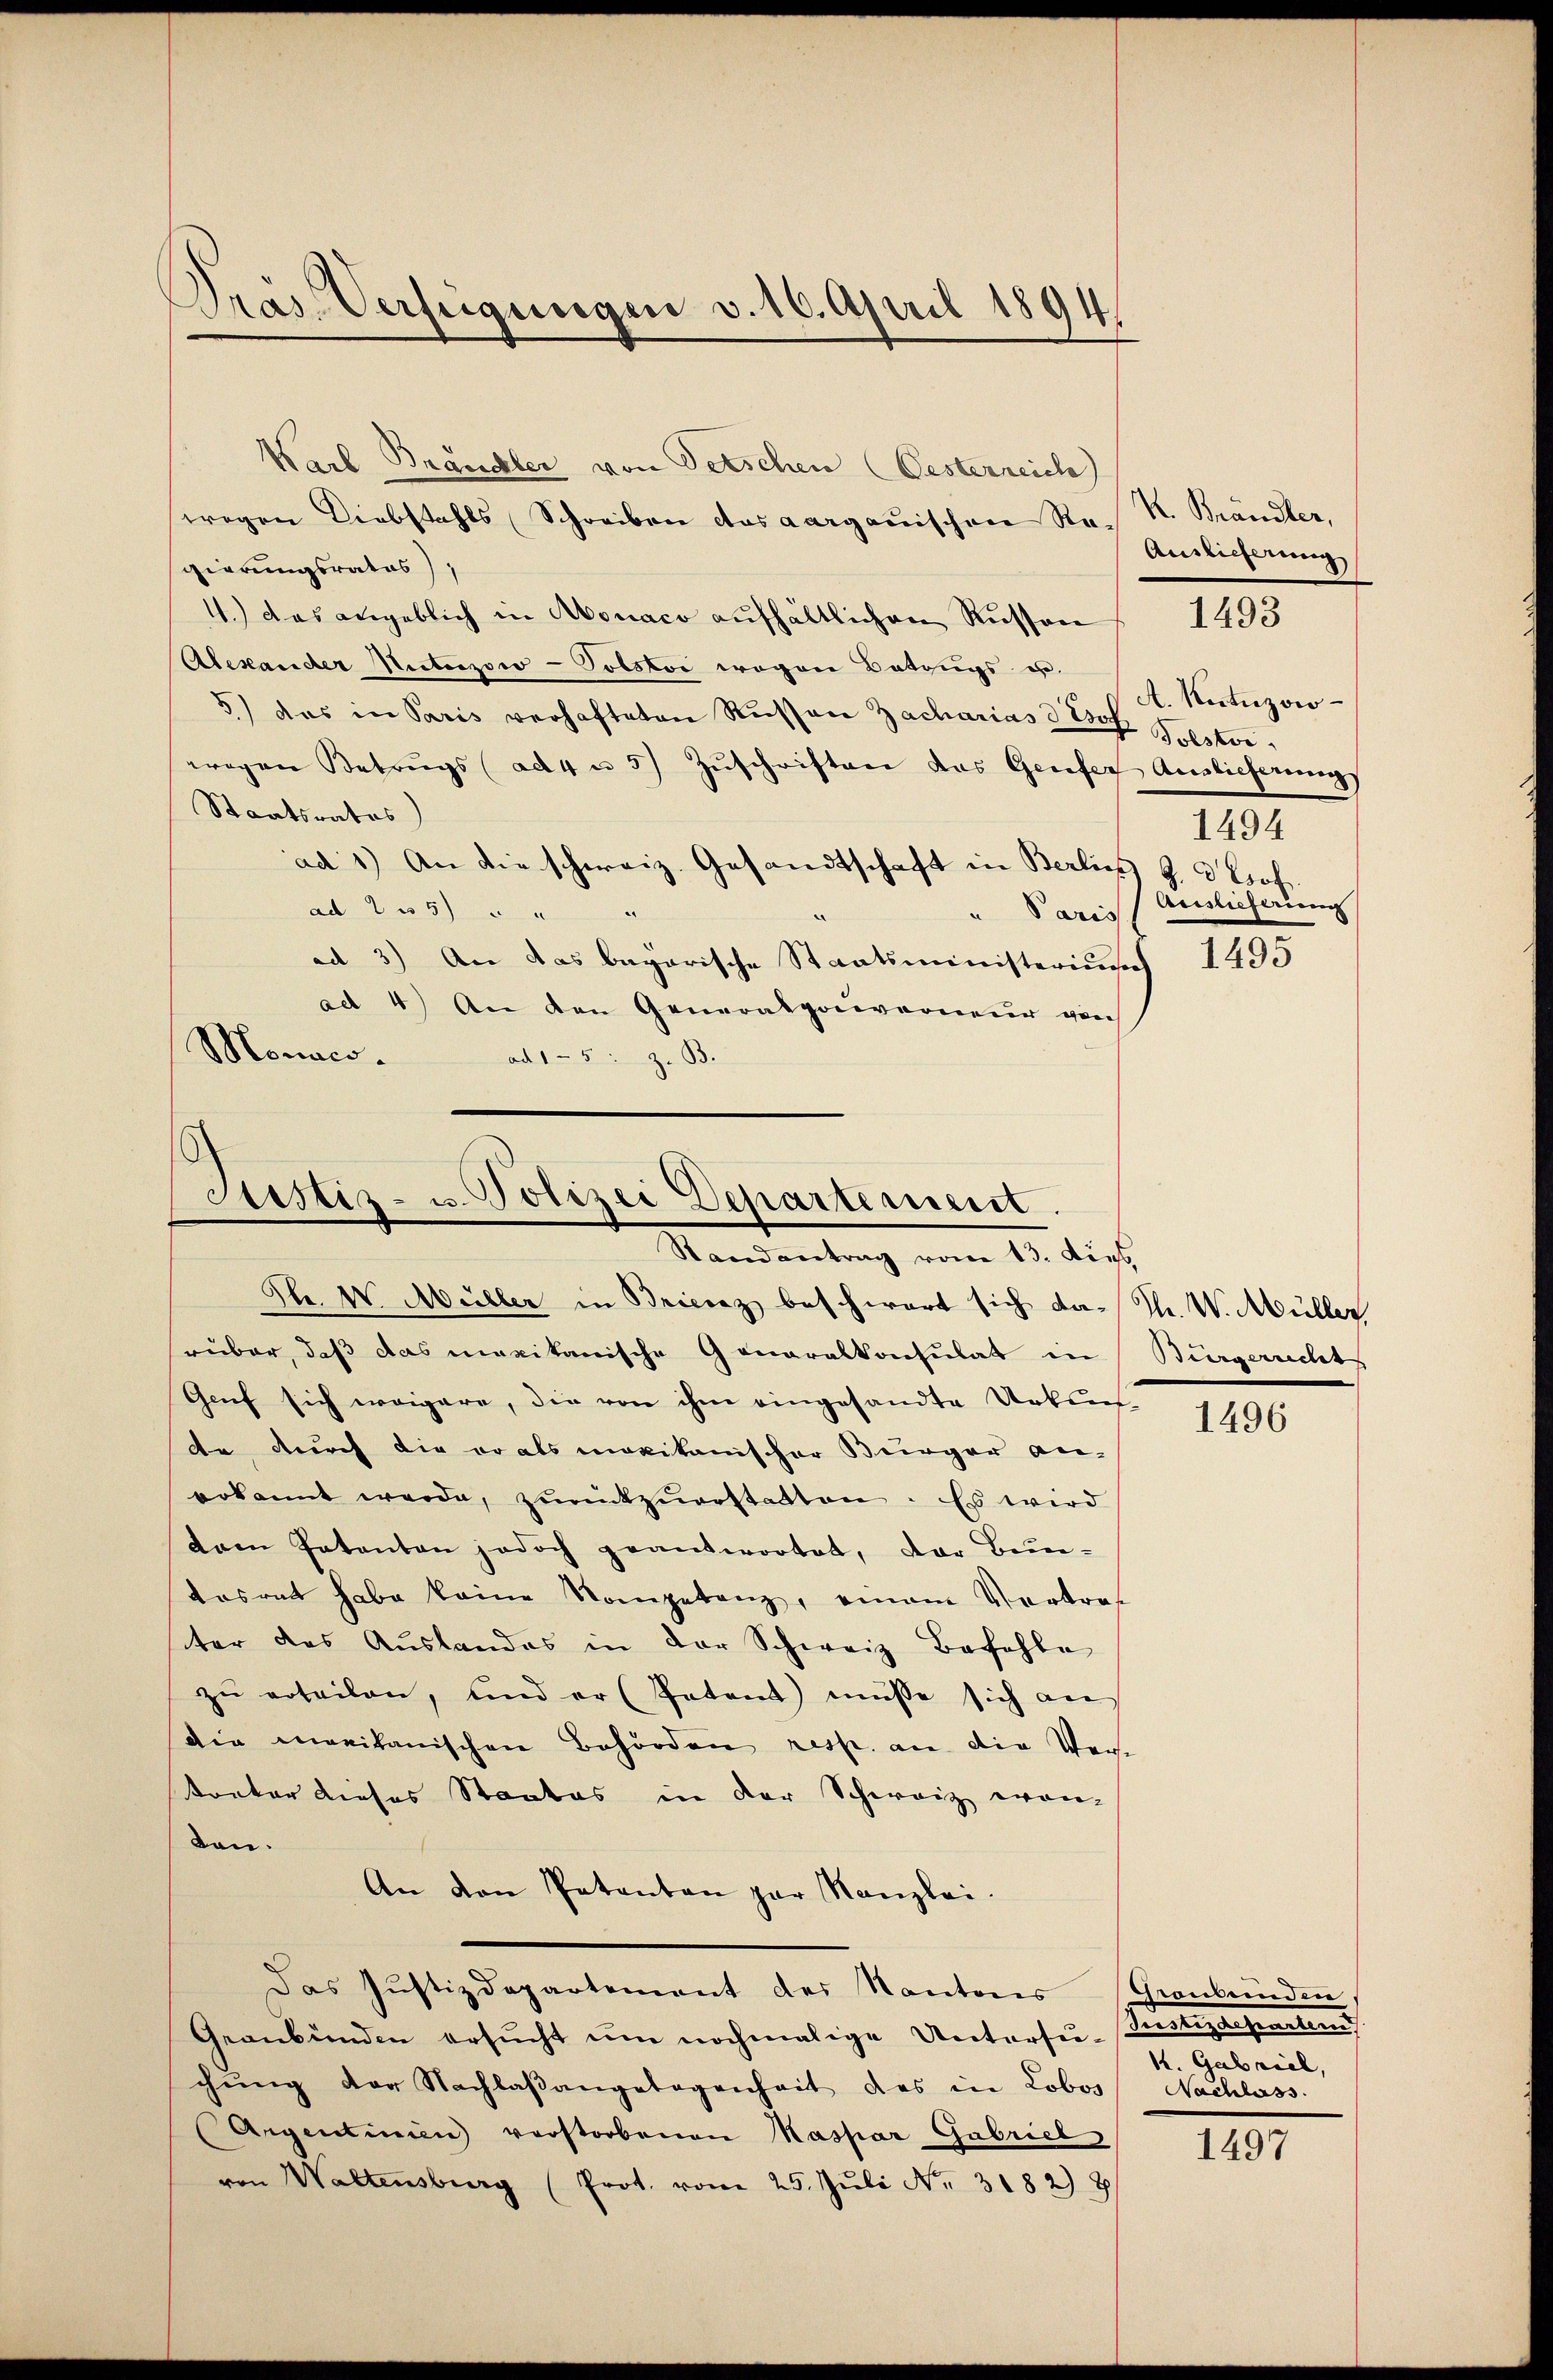
Präs. Verfügungen v. 16. April 1894.

Karl Brandler von Petschen (Gesterreich
wegen Diebstahls Schreiben des aargauischen Re- R. Brändler,
gierungsrates),
4.) Das angeblich in Monaco aufhältlichen Russen
Alexander Nieterzowo-Polstor wegen Betrugs u.
5) das in Paris verhafteten Rŭsen Zacharias d Esef Polstorerogen Betrugs (ad 4 u 5) Zŭschriften das Gerefer Auslicherungs
Staatsrates)
ad 1.) An die schweiz. Gesandtschaft in Berlins G. 3 Prof.
ad 25 " "
" Paris
ad 3.) An das bayarische Staatsministeriums
ad 4) An den Generalpoeverneur von
Morico.
ad 15: z. B.

Justiz- u. Polizei Departement.
Randantrag vom 13. Dies

S. W. Müller in Briccaz beschwert sich das Th. W. Müller,
ruber, daß das maxikanische Generalkonsulat in
Genf sich weigere, die von ihm eingesandte Urkun
de durch die er als maxikanischer Bürger an-
erkannt werde, zŭrückzuerstatten. Es wird
tem Patenten jedoch geantwortet, der Beurtosrat habe keine Kompetenz, einem Vertre
ter das Aŭslandes in der Schweiz Befehle
zu erteilen, und er (Patent müsse sich an
die maritanischen Behörden resp. an die Ver-
Vontor dieses Staates in der Schweiz wan-
ten.
An den Patenten zur Kanzlei.
Das Justizdepartement des Kantons Graubünden,
Graubünden ersŭcht um nochmalige Untersu- Justizdeparten
chŭng der Nachlaβangelegenheit des in Lobos Nachlass
Argentinien verstorbenen Kaspar Gabriel
von Waltensburg (Prot. vom 25. Jŭli Nr. 3182) 8

Auslieferung
A. Kutuzow
1494
Auslieferung

1493

1495

Bürgerrecht

1496

1. Gabriel,

1497